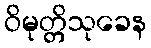
ဝိမုတ္တိသုခေန